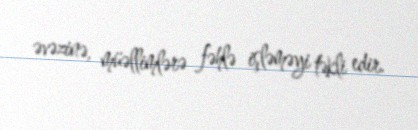
əvəzinə, müəllimlərə fəhlə işləməyi təkli edir.